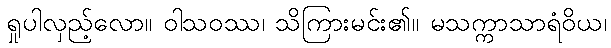
ရှုပါလှည့်လော။ ဝါသဝဿ၊ သိကြားမင်း၏။ မသက္ကာသာရံဝိယ၊